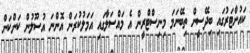
ކައުންޓަރުގައި ބިދޭސީން ތިބޭނަމަ މިނިސްޓްރީން އެ މައްސަލާގައި އަމަލުކުރަން އޮންނަ އުސޫލުން ކަންކަން